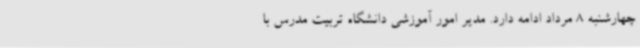
چهارشنبه 8 مرداد ادامه دارد. مدیر امور آموزشی دانشگاه تربیت مدرس با